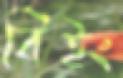
বিইং